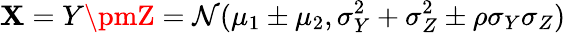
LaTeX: \mathbf{X}=Y\pmZ=\mathcal{{N}}(\mu_{1}\pm\mu_{2},\sigma_{Y}^{2}+\sigma_{Z}^{2}\pm\rho\sigma_{Y}\sigma_{Z})